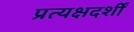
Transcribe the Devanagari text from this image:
प्रत्यक्षदर्शीं